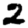
Digit: 2